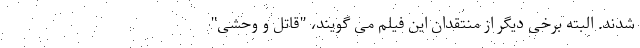
شدند. البته برخی دیگر از منتقدان این فیلم می گویند، "قاتل و وحشی"